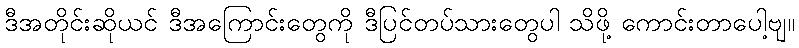
ဒီအတိုင်းဆိုယင် ဒီအကြောင်းတွေကို ဒီပြင်တပ်သားတွေပါ သိဖို့ ကောင်းတာပေါ့ဗျ။